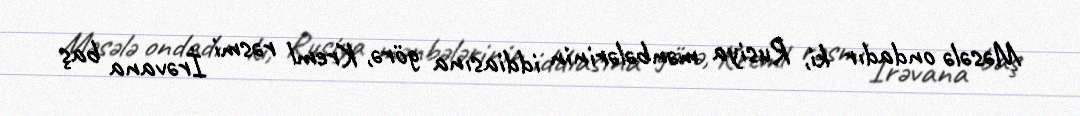
Məsələ ondadır ki, Rusiya mənbələrinin iddiasına görə, Kreml rəsmi İrəvana baş